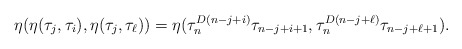
\begin{align*}\eta(\eta(\tau_j, \tau_i),\eta(\tau_j,\tau_\ell))&= \eta(\tau_n^{D(n-j+i)} \tau_{{n-j+i+1}},\tau_n^{D(n-j+\ell)} \tau_{{n-j+\ell+1}}).\end{align*}